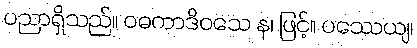
ပညာရှိသည်။ ဝဓကာဒိဝသေ န၊ ဖြင့်။ ပဿေယျ၊